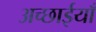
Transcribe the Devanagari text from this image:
अच्छाईयाँ